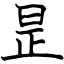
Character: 昰